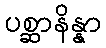
ပစ္ဆာနိန္နာ